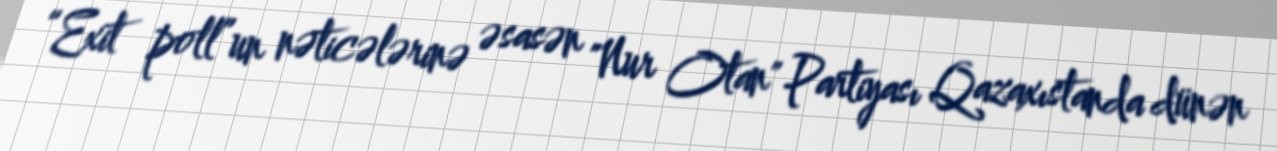
“Exit poll”un nəticələrinə əsasən "Nur Otan" Partiyası Qazaxıstanda dünən